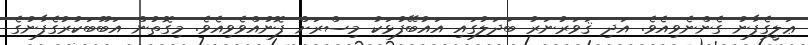
ޢަލީގެފާނު ގެންނެވިއެވެ. އަދި ޤަވަރުނަރު ބަދަލުގައި އައުބޭފުޅަކު މިސްރަށް ފޮނުއްވެވިއެވެ. މިގޮތުން އަބޫބަކުރުގެފާނުގެ